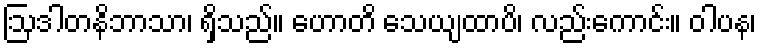
ဩဒါတနိဘာသာ၊ ရှိသည်။ ဟောတိ သေယျထာပိ၊ လည်းကောင်း။ ဝါပန၊